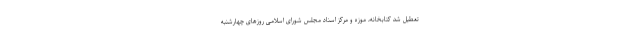
تعطیل شد کتابخانه، موزه و مرکز اسناد مجلس شورای اسلامی روزهای چهارشنبه